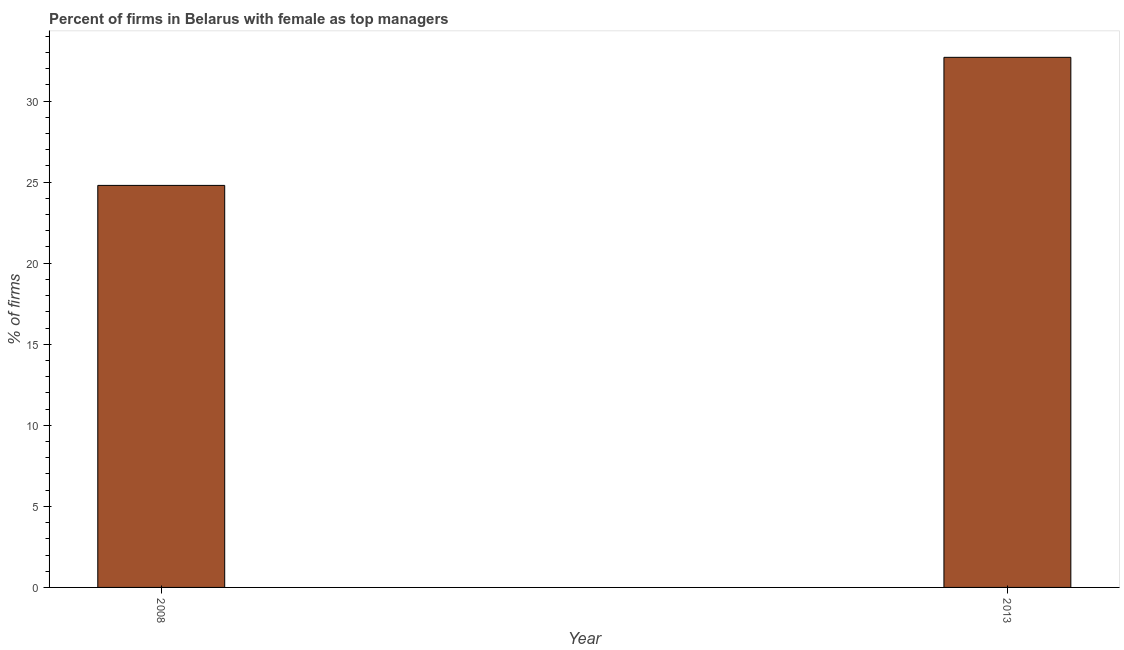
| Year | Firms with female top manager |
 | --- | --- |
 | 2008 | 24.8 |
 | 2013 | 32.7 |